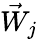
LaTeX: \vec{W}_{j}